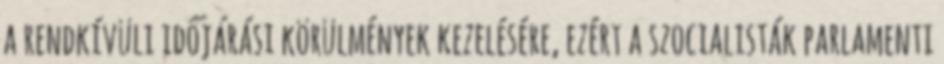
a rendkívüli időjárási körülmények kezelésére, ezért a szocialisták parlamenti